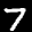
Label: 7